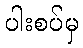
ပါးစပ်မှ